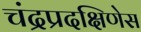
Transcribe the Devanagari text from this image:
चंद्रप्रदक्षिणेस